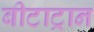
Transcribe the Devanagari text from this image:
बीटाट्रान